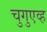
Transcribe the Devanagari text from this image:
चुगुएव्ह